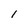
Character: 1